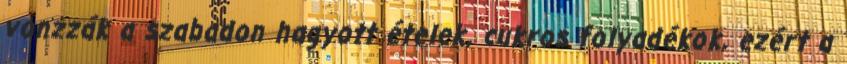
vonzzák a szabadon hagyott ételek, cukros folyadékok, ezért a